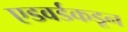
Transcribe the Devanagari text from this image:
एडवर्डकडून